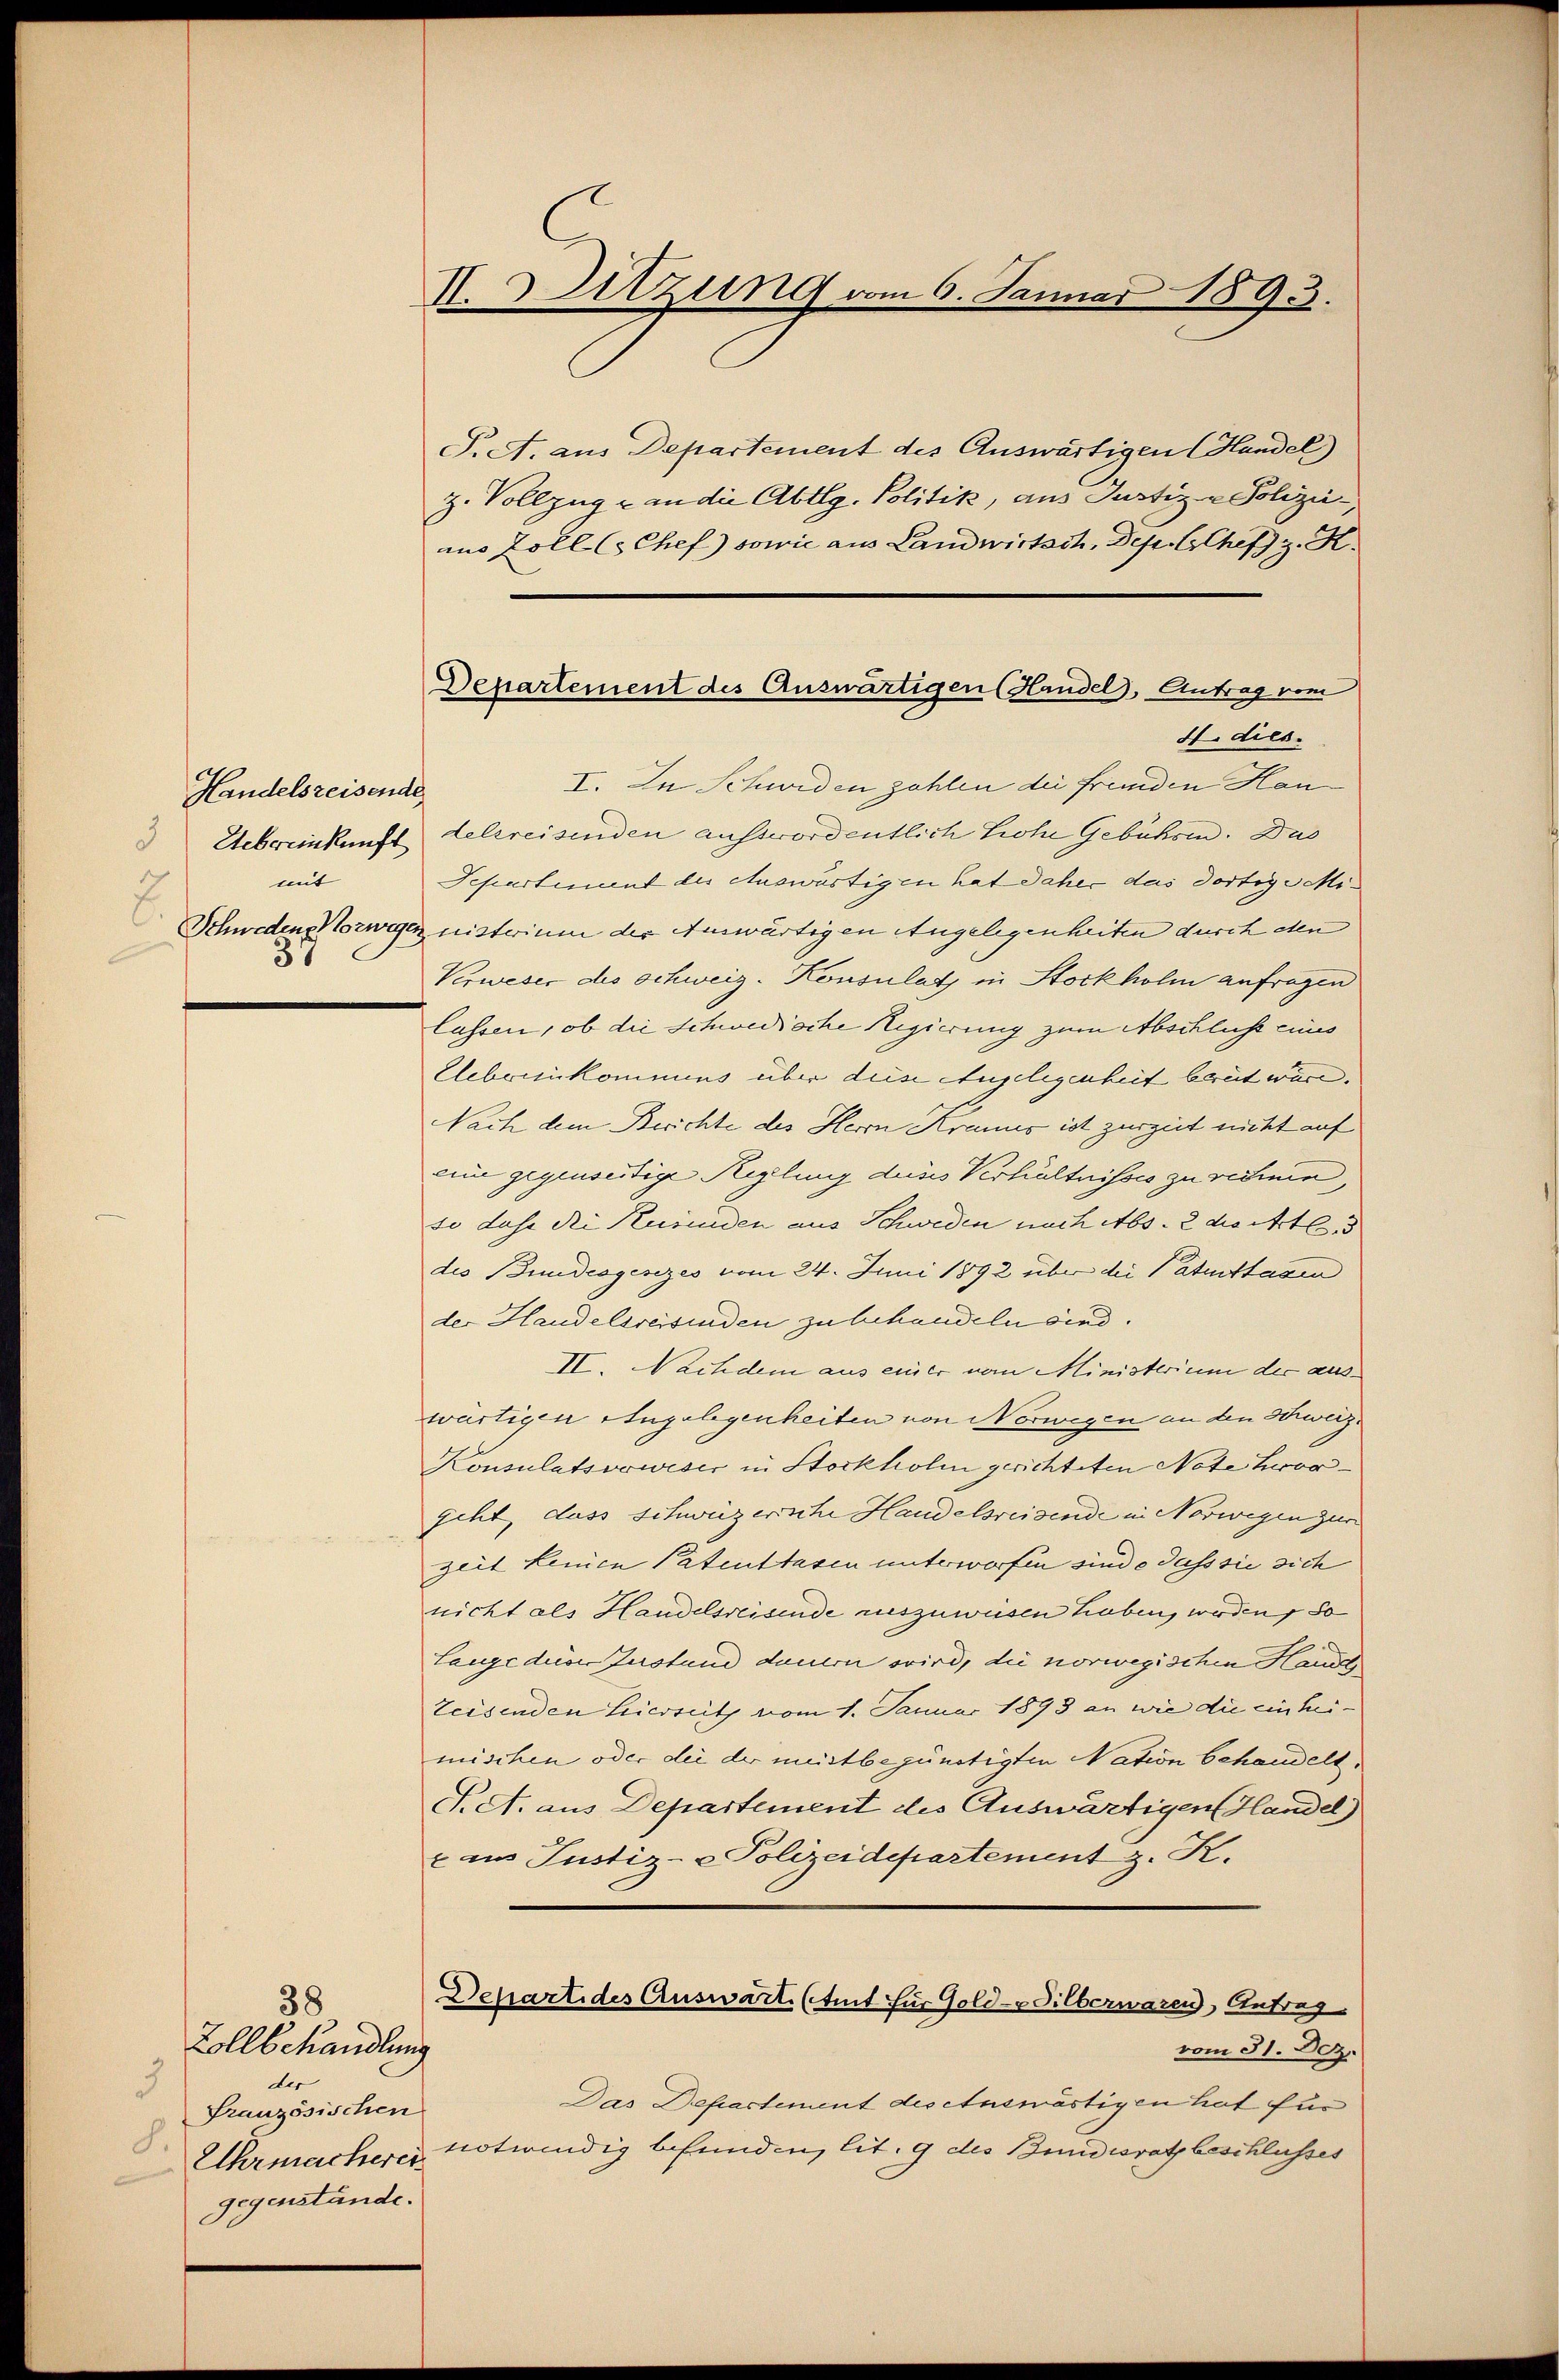
Handelsreisende
3
Uebereinkunft
mit

II. Sitzung vom 6. Januar 1893.

Departement des Auswärtigen Handel, Antrag vom
4 dies

38
Zollbehandlung
der
3
Französischen
8.
gegenstände.

S. A. aus Departement des Auswärtigen Handel)
z. Vollzug an die Abtlg. Politik, aus Justiz - Polizei-
mo Zoll C. Chef) sowie aus Landwirtsch, Dep. C. Chef z. K.
I. In Schweden zahlen die fremden Hau
delsreisenden ausswordentlich Hohe Gebühren. Du
Dechartement der Auswärtigen hat daher das dortige Mi¬
Schwedens Vorwegenz nisterium der Anwärtigen Angelegenheiten durch den
Verweser des Schweiz. Konsulatz in Stockholm anfragen
lassen, ob die Schwedische Regierung zum Abschluß eines
Eleberinskommens über diese Angelegenheit brüt wäre,
Nach dem Berichte des Herrn Kraus ist zurzeit nicht auf
eine gegenseitige Regelung dieses Verhältnisses zu rede,
so dase dei Kusenden aus Schweden nach Abs. 2 die Art. 3
des Bundesgesezes vom 24. Juni 1892 über die Patuittagen
der Handelsreisenden zu behandeln sind.
II. Nachdem aus einer vom Ministerium der auswärtigen Angelegenheiten von Norwegen an den Schweiz¬
Konsulatsvowiser in Stockholm gerichteten Note Horgeht, dass schweizerische Handelsreisende in Norwegen zur
zeit keinen Patenttasen unterworfen sind e dass sie sich
nicht als Handelsreisende auszuweisen haben, werden, so
Lange diese Zustand dauern wird, die norwegischen Hande
teisenden Hiersetz vom 1. Januar 1893 an wie die einhei-
mischen oder dei der meistbegünstigten Nation behandelt.
T. A. aus Departement des Auswärtigen Handel)
x ans Justiz- & Polizeidepartement z. K.
Departi des Auswart. (mit für Gold-Silberwaren, Anfrag
vom 31. Dez.
Das Departement des Ausmästigen hat für
Uhrmachere notwendig befunden, lit. 9 des Bundesrath beschlusses